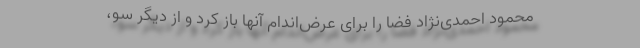
محمود احمدی‌نژاد فضا را برای عرض‌اندام آنها باز کرد و از دیگر سو،